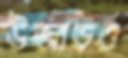
উজাড়ও